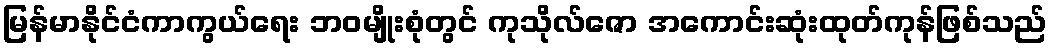
မြန်မာနိုင်ငံကာကွယ်ရေး ဘဝမျိုးစုံတွင် ကုသိုလ်ဇော အကောင်းဆုံးထုတ်ကုန်ဖြစ်သည်